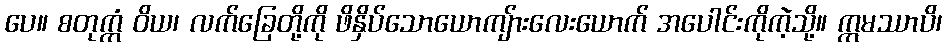
ပေ။ စတုက္ကံ ဝိယ၊ လက်ခြေတို့ကို ဖိနှိပ်သောယောကျ်ားလေးယောက် အပေါင်းကိုကဲ့သို့။ ဣမဿာပိ၊